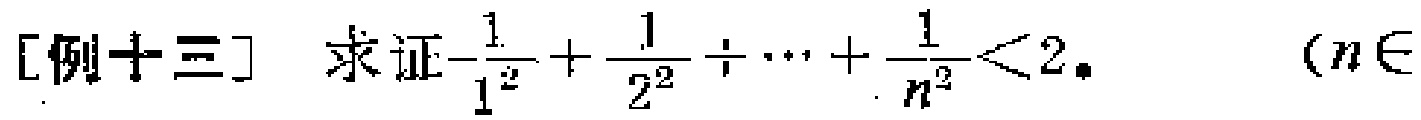
[例十三] 求证$\frac{1}{1^{2}}+\frac{1}{2^{2}}+\cdots+\frac{1}{n^{2}}<2$。 （$n\in$ ）